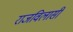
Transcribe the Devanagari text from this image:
राजविलासी